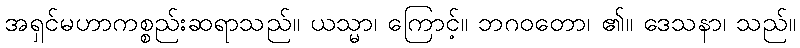
အရှင်မဟာကစ္စည်းဆရာသည်။ ယသ္မာ၊ ကြောင့်။ ဘဂဝတော၊ ၏။ ဒေသနာ၊ သည်။